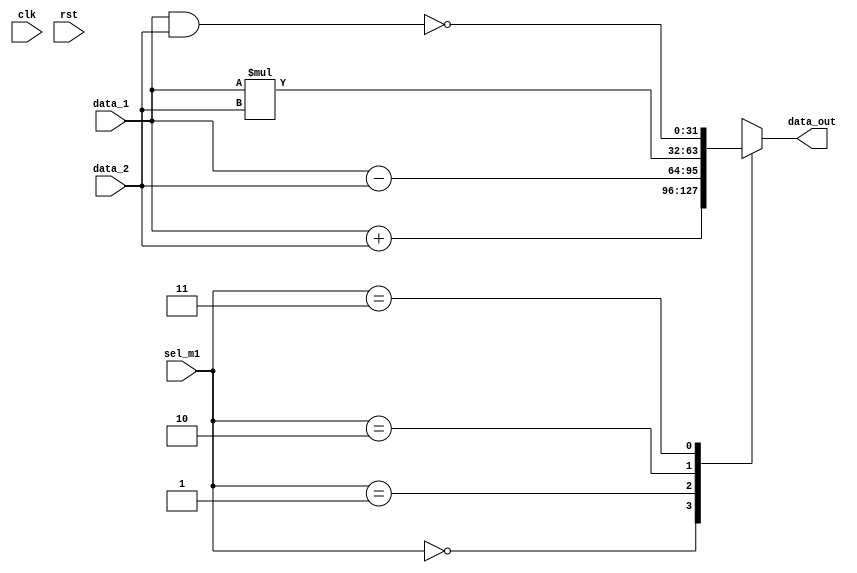
module ALU(
  input clk,
  input rst,
  input [1:0]sel_m1,
  input [31:0] data_1,
  input [31:0] data_2,
  output reg[31:0] data_out
  );
  reg [31:0]Add;
  reg [31:0]Sub;
  reg [31:0]Mult;
  reg [31:0]And;
  reg [31:0]Nand;
  //ADDER
  always@(*)
  begin
    Add=data_1+data_2;
  end
  //SUBTRACTER
  always@(*)
  begin
      Sub=data_1-data_2;
  end
  //MULTIPLIER    
  always@(*)
  begin
    Mult=data_1*data_2;
  end
  //NAND GATE    
  always@(*)
  begin
    And=data_1&data_2;
  end
  always@(*)
  begin
    Nand=~And;
  end
  //MUX
  always@(*)
  begin
  case(sel_m1)
    2'd0: data_out=Add;
    2'd1: data_out=Sub;
    2'd2: data_out=Mult;
    2'd3: data_out=Nand;
  endcase
end
endmodule